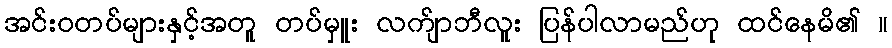
အင်းဝတပ်များနှင့်အတူ တပ်မှူး လက်ျာဘီလူး ပြန်ပါလာမည်ဟု ထင်နေမိ၏ ။